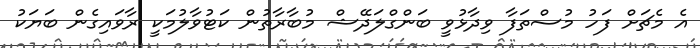
އެ މެޗަށް ފަހު މުސްތަފާ ވިދާޅުވީ ބަންގްލަދޭޝް މުބާރާތުން ކަޓުވާލުމަކީ ރާވައިގެން ބަޔަކު